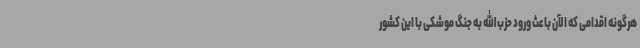
هرگونه اقدامی که الآن باعث ورود حزب‌الله به جنگ موشکی با این کشور